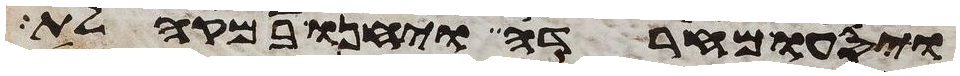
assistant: ויסעו מחרדה ויחנו במקהלת